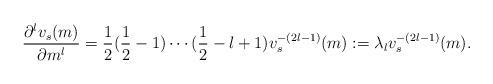
LaTeX: \begin{align*}\frac{\partial^lv_s(m)}{\partial m^l}=\frac12(\frac12-1)\cdots(\frac12-l+1)v_s^{-(2l-1)}(m):=\lambda_lv_s^{-(2l-1)}(m).\end{align*}